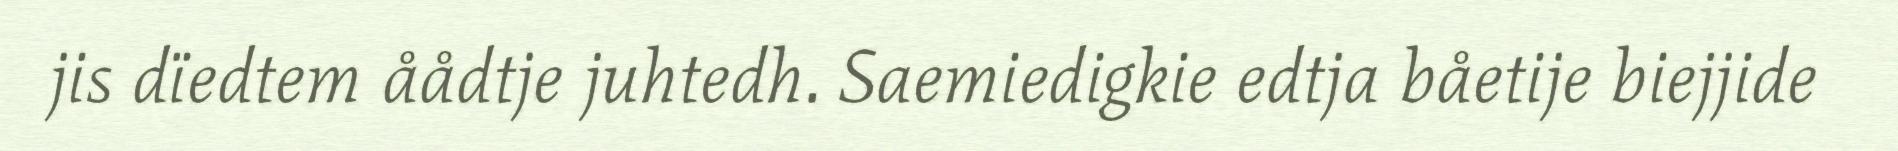
jis dïedtem åådtje juhtedh. Saemiedigkie edtja båetije biejjide